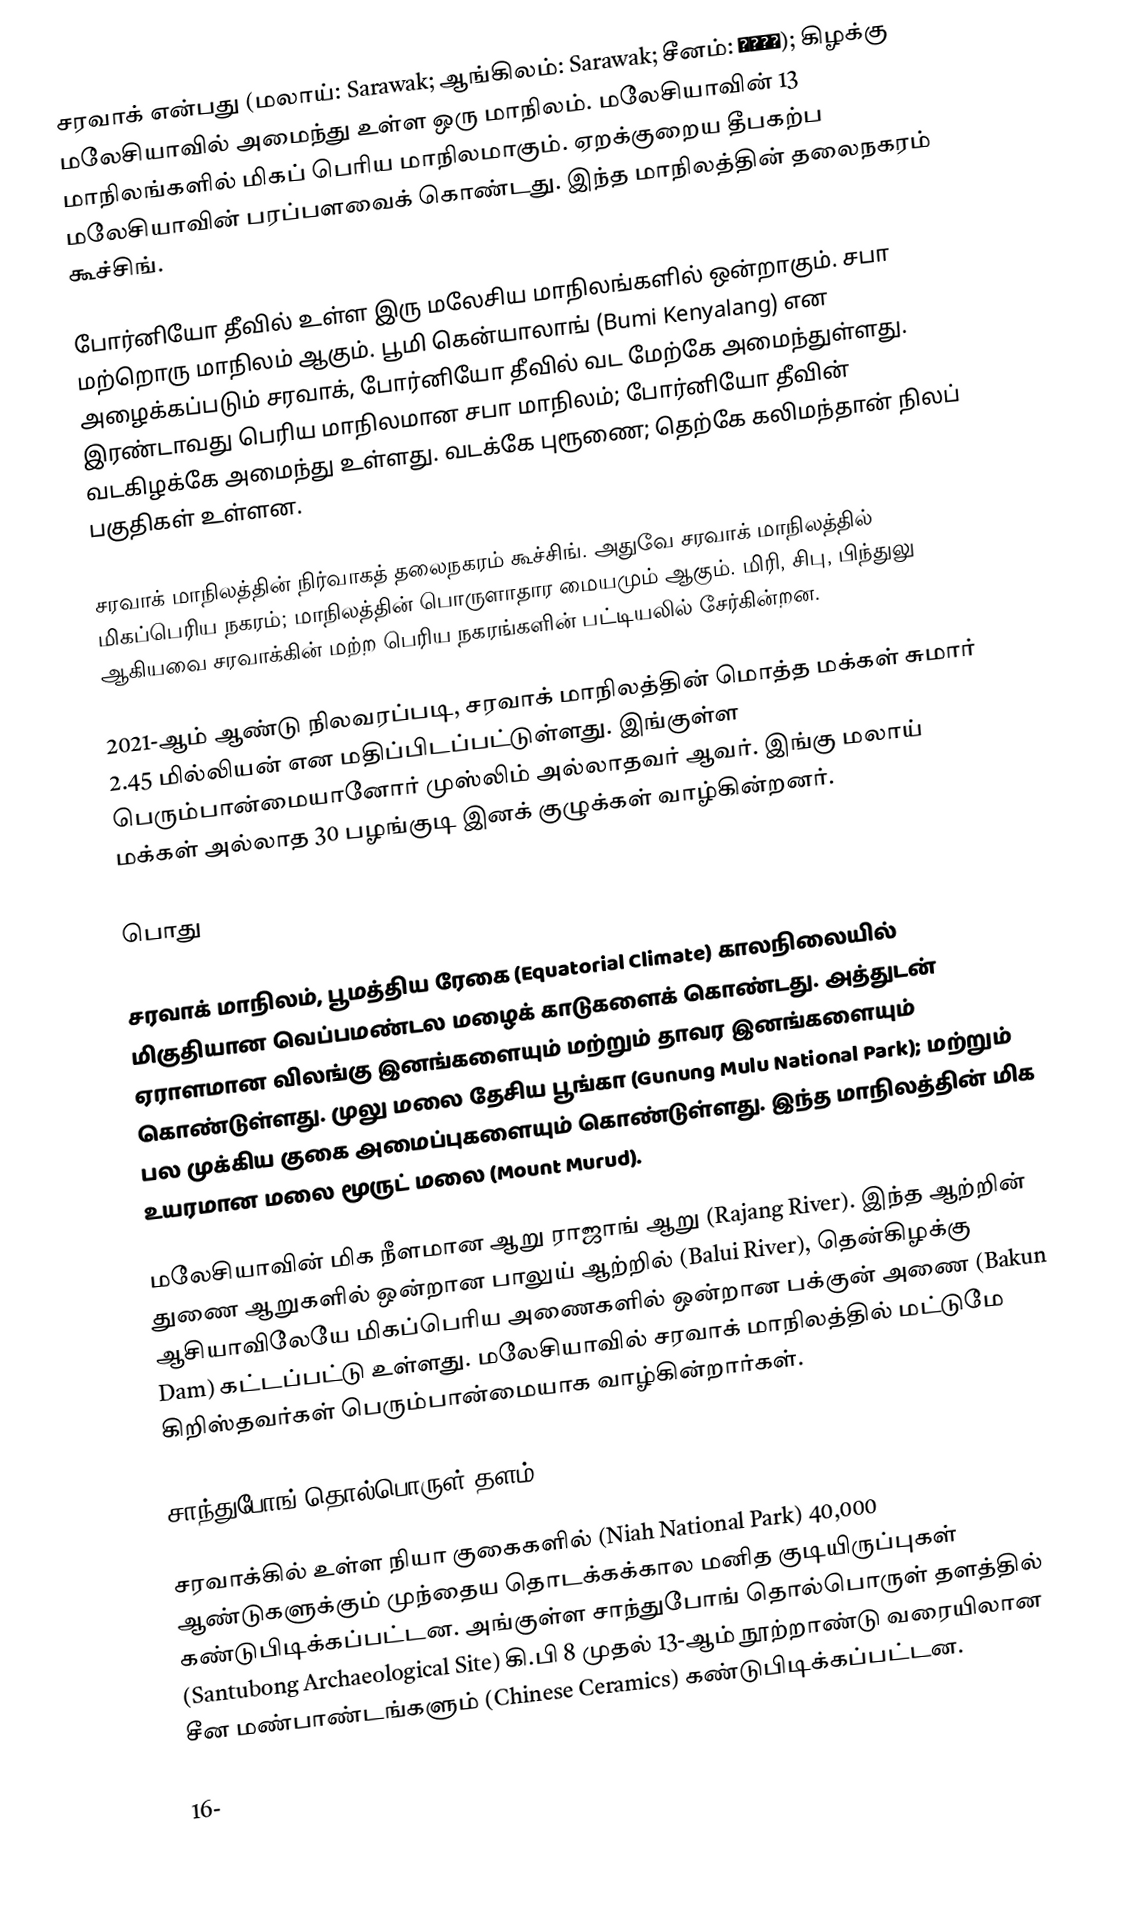
சரவாக் என்பது (மலாய்: Sarawak; ஆங்கிலம்: Sarawak; சீனம்: 三砂拉越); கிழக்கு மலேசியாவில் அமைந்து உள்ள ஒரு மாநிலம். மலேசியாவின் 13 மாநிலங்களில் மிகப் பெரிய மாநிலமாகும். ஏறக்குறைய தீபகற்ப மலேசியாவின் பரப்பளவைக் கொண்டது. இந்த மாநிலத்தின் தலைநகரம் கூச்சிங்.

போர்னியோ தீவில் உள்ள இரு மலேசிய மாநிலங்களில் ஒன்றாகும். சபா மற்றொரு மாநிலம் ஆகும். பூமி கென்யாலாங் (Bumi Kenyalang) என அழைக்கப்படும் சரவாக், போர்னியோ தீவில் வட மேற்கே அமைந்துள்ளது. இரண்டாவது பெரிய மாநிலமான சபா மாநிலம்; போர்னியோ தீவின் வடகிழக்கே அமைந்து உள்ளது. வடக்கே புரூணை; தெற்கே கலிமந்தான் நிலப் பகுதிகள் உள்ளன.

சரவாக் மாநிலத்தின் நிர்வாகத் தலைநகரம் கூச்சிங். அதுவே சரவாக் மாநிலத்தில் மிகப்பெரிய நகரம்; மாநிலத்தின் பொருளாதார மையமும் ஆகும். மிரி, சிபு, பிந்துலு ஆகியவை சரவாக்கின் மற்ற பெரிய நகரங்களின் பட்டியலில் சேர்கின்றன.

2021-ஆம் ஆண்டு நிலவரப்படி, சரவாக் மாநிலத்தின் மொத்த மக்கள் சுமார் 2.45 மில்லியன் என மதிப்பிடப்பட்டுள்ளது. இங்குள்ள பெரும்பான்மையானோர் முஸ்லிம் அல்லாதவர் ஆவர். இங்கு மலாய் மக்கள் அல்லாத 30 பழங்குடி இனக் குழுக்கள் வாழ்கின்றனர்.

பொது

சரவாக் மாநிலம், பூமத்திய ரேகை (Equatorial Climate) காலநிலையில் மிகுதியான வெப்பமண்டல மழைக் காடுகளைக் கொண்டது. அத்துடன் ஏராளமான விலங்கு இனங்களையும் மற்றும் தாவர இனங்களையும் கொண்டுள்ளது. முலு மலை தேசிய பூங்கா (Gunung Mulu National Park); மற்றும் பல முக்கிய குகை அமைப்புகளையும் கொண்டுள்ளது. இந்த மாநிலத்தின் மிக உயரமான மலை மூருட் மலை (Mount Murud).

மலேசியாவின் மிக நீளமான ஆறு ராஜாங் ஆறு (Rajang River). இந்த ஆற்றின் துணை ஆறுகளில் ஒன்றான பாலுய் ஆற்றில் (Balui River), தென்கிழக்கு ஆசியாவிலேயே மிகப்பெரிய அணைகளில் ஒன்றான பக்குன் அணை (Bakun Dam) கட்டப்பட்டு உள்ளது. மலேசியாவில் சரவாக் மாநிலத்தில் மட்டுமே கிறிஸ்தவர்கள் பெரும்பான்மையாக வாழ்கின்றார்கள்.

சாந்துபோங் தொல்பொருள் தளம்

சரவாக்கில் உள்ள நியா குகைகளில் (Niah National Park) 40,000 ஆண்டுகளுக்கும் முந்தைய தொடக்கக்கால மனித குடியிருப்புகள் கண்டுபிடிக்கப்பட்டன. அங்குள்ள சாந்துபோங் தொல்பொருள் தளத்தில் (Santubong Archaeological Site) கி.பி 8 முதல் 13-ஆம் நூற்றாண்டு வரையிலான சீன மண்பாண்டங்களும் (Chinese Ceramics) கண்டுபிடிக்கப்பட்டன.

16-